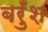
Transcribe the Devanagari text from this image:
बरुँश